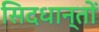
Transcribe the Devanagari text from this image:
सिदधान्‍तों